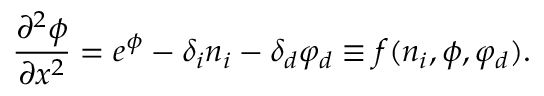
\frac { \partial ^ { 2 } \phi } { \partial x ^ { 2 } } = e ^ { \phi } - \delta _ { i } n _ { i } - \delta _ { d } \varphi _ { d } \equiv f ( n _ { i } , \phi , \varphi _ { d } ) .